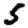
Digit: 5